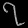
Digit: ၇